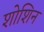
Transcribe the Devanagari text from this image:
शोशिन